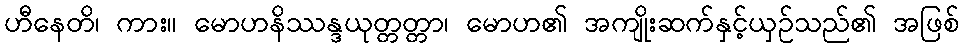
ဟီနေတိ၊ ကား။ မောဟနိဿန္ဒယုတ္တတ္တာ၊ မောဟ၏ အကျိုးဆက်နှင့်ယှဉ်သည်၏ အဖြစ်